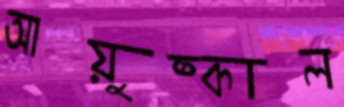
আয়ুষ্কাল